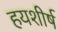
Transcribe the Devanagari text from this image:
हयशीर्ष